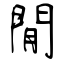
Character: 閒